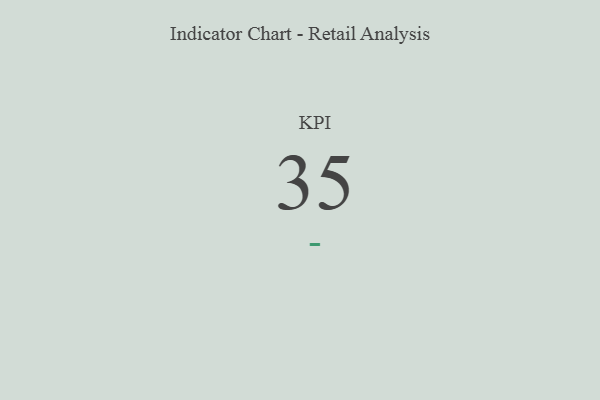
{"axis": {"x": "KPI", "y": "Value"}, "legend": [""], "data": [{"x": "KPI", "y": 35, "type": ""}]}